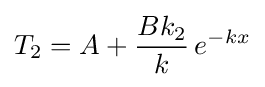
T_{2}=A+{\frac {Bk_{2}}{k}}\,e^{-kx}